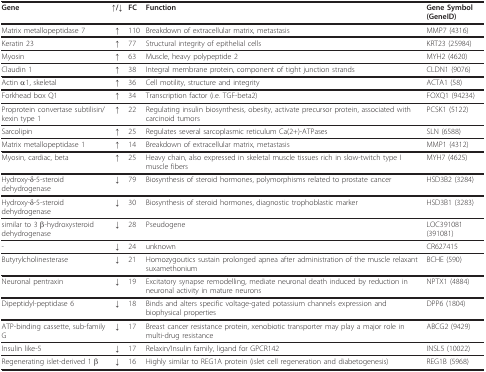
<table><thead><tr><td><b>Gene</b></td><td><b>↑/↓</b></td><td><b>FC</b></td><td><b>Function</b></td><td><b>Gene Symbol (GeneID)</b></td></tr></thead><tbody><tr><td>Matrix metallopeptidase 7</td><td><b>↑</b></td><td>110</td><td>Breakdown of extracellular matrix, metastasis</td><td>MMP7 (4316)</td></tr><tr><td>Keratin 23</td><td><b>↑</b></td><td>77</td><td>Structural integrity of epithelial cells</td><td>KRT23 (25984)</td></tr><tr><td>Myosin</td><td><b>↑</b></td><td>63</td><td>Muscle, heavy polypeptide 2</td><td>MYH2 (4620)</td></tr><tr><td>Claudin 1</td><td><b>↑</b></td><td>38</td><td>Integral membrane protein, component of tight junction strands</td><td>CLDN1 (9076)</td></tr><tr><td>Actin α1, skeletal</td><td><b>↑</b></td><td>36</td><td>Cell motility, structure and integrity</td><td>ACTA1 (58)</td></tr><tr><td>Forkhead box Q1</td><td><b>↑</b></td><td>34</td><td>Transcription factor (i.e. TGF-beta2)</td><td>FOXQ1 (94234)</td></tr><tr><td>Proprotein convertase subtilisin/kexin type 1</td><td><b>↑</b></td><td>22</td><td>Regulating insulin biosynthesis, obesity, activate precursor protein, associated with carcinoid tumors</td><td>PCSK1 (5122)</td></tr><tr><td>Sarcolipin</td><td><b>↑</b></td><td>25</td><td>Regulates several sarcoplasmic reticulum Ca(2+)-ATPases</td><td>SLN (6588)</td></tr><tr><td>Matrix metallopeptidase 1</td><td><b>↑</b></td><td>14</td><td>Breakdown of extracellular matrix, metastasis</td><td>MMP1 (4312)</td></tr><tr><td>Myosin, cardiac, beta</td><td><b>↑</b></td><td>25</td><td>Heavy chain, also expressed in skeletal muscle tissues rich in slow-twitch type I muscle fibers</td><td>MYH7 (4625)</td></tr><tr><td>Hydroxy-δ-5-steroid dehydrogenase</td><td><b>↓</b></td><td>79</td><td>Biosynthesis of steroid hormones, polymorphisms related to prostate cancer</td><td>HSD3B2 (3284)</td></tr><tr><td>Hydroxy-δ-5-steroid dehydrogenase</td><td><b>↓</b></td><td>30</td><td>Biosynthesis of steroid hormones, diagnostic trophoblastic marker</td><td>HSD3B1 (3283)</td></tr><tr><td>similar to 3 β-hydroxysteroid dehydrogenase</td><td><b>↓</b></td><td>28</td><td>Pseudogene</td><td>LOC391081 (391081)</td></tr><tr><td>-</td><td><b>↓</b></td><td>24</td><td>unknown</td><td>CR627415</td></tr><tr><td>Butyrylcholinesterase</td><td><b>↓</b></td><td>21</td><td>Homozygoutics sustain prolonged apnea after administration of the muscle relaxant suxamethonium</td><td>BCHE (590)</td></tr><tr><td>Neuronal pentraxin</td><td><b>↓</b></td><td>19</td><td>Excitatory synapse remodelling, mediate neuronal death induced by reduction in neuronal activity in mature neurons</td><td>NPTX1 (4884)</td></tr><tr><td>Dipeptidyl-peptidase 6</td><td><b>↓</b></td><td>18</td><td>Binds and alters specific voltage-gated potassium channels expression and biophysical properties</td><td>DPP6 (1804)</td></tr><tr><td>ATP-binding cassette, sub-family G</td><td><b>↓</b></td><td>17</td><td>Breast cancer resistance protein, xenobiotic transporter may play a major role in multi-drug resistance</td><td>ABCG2 (9429)</td></tr><tr><td>Insulin like-5</td><td><b>↓</b></td><td>17</td><td>Relaxin/Insulin family, ligand for GPCR142</td><td>INSL5 (10022)</td></tr><tr><td>Regenerating islet-derived 1 β</td><td><b>↓</b></td><td>16</td><td>Highly similar to REG1A protein (islet cell regeneration and diabetogenesis)</td><td>REG1B (5968)</td></tr></tbody></table>